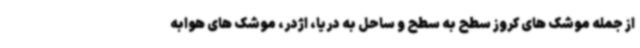
از جمله موشک های کروز سطح به سطح و ساحل به دریا، اژدر، موشک های هوابه